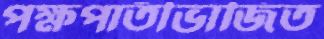
পক্ষপাতীভাজিত